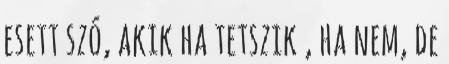
esett szó, akik ha tetszik , ha nem, de